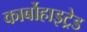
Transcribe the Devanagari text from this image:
कार्बोहाइट्रेड